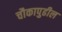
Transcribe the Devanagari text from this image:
चौकापुढील